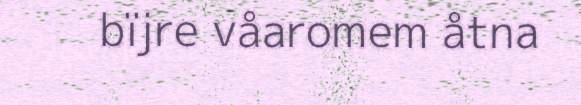
bïjre våaromem åtna